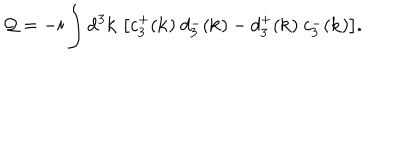
{ \cal Q } = - i \int \mathrm { d } ^ { 3 } { \bf k } ~ \big [ c _ { 3 } ^ { + } ( { \bf k } ) ~ d _ { 3 } ^ { - } ( { \bf k } ) - d _ { 3 } ^ { + } ( { \bf k } ) ~ c _ { 3 } ^ { - } ( { \bf k } ) \big ] .